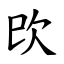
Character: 㰝